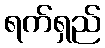
ရက်ရှည်